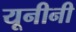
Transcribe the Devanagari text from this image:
यूनीनी